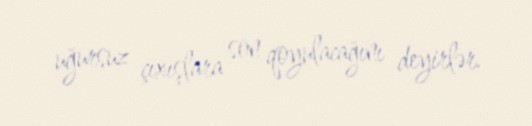
uğursuz çıxışlara son qoyulacağını deyirlər.